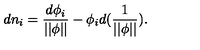
d n _ { i } = \frac { d \phi _ { i } } { | | \phi | | } - \phi _ { i } d ( { \frac 1 { | | \phi | | } } ) .